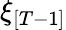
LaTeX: \xi_{[T-1]}